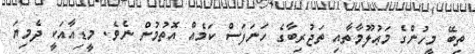
ތިބޭ މީހުންގެ މަޢުލޫމާތާއި ތަޖުރިބާގެ ހަނަފަސް ކަމެއް އޮތުމުން ނެވެ. މީޑިއާއަކީ ދެމިޔަ